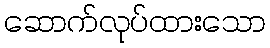
ဆောက်လုပ်ထားသော